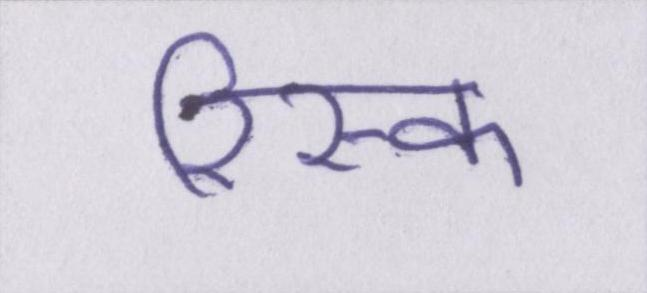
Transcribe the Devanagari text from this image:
रिस्क